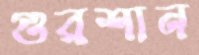
গুরশান